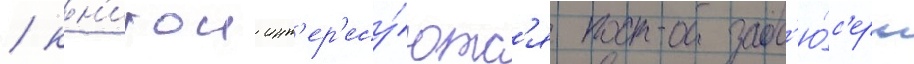
/ кн'игои инт'ер'есу́ютс'я прод'ю́с'еры